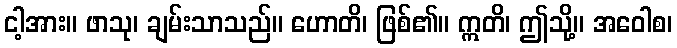
ငါ့အား။ ဖာသု၊ ချမ်းသာသည်။ ဟောတိ၊ ဖြစ်၏။ ဣတိ၊ ဤသို့။ အဝေါစ၊